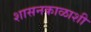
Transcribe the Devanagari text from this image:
शासनकाळाशी